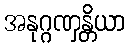
အနုဂ္ဂဏှန္တိယာ